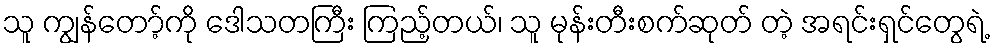
သူ ကျွန်တော့်ကို ဒေါသတကြီး ကြည့်တယ်၊ သူ မုန်းတီးစက်ဆုတ် တဲ့ အရင်းရှင်တွေရဲ့